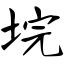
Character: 垸